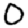
Digit: 0